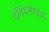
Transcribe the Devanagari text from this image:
दंडियलंगारम्